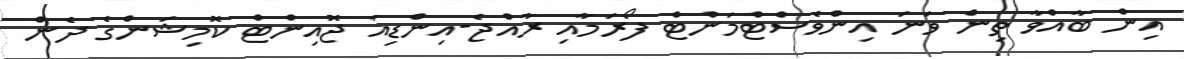
އިން ބާއްވާ ތިން ވަނަ އިންވެސްޓްމަންޓް ފޯރަމާއި ރާއްޖެ-އިންޑިއާ ޖޮއިންޓް ކޮމިޝަންގެ ދެން